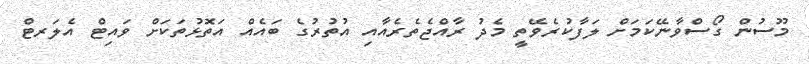
މޫސުން ގޯސްވާނޭކަމަށް ލަފާކުރެވޭތީ މެދު ރާއްޖެތެރެއާއި އުތުރުގެ ބައެއް އަތޮޅުތަކަށް ވައިޓް އެލަރޓް